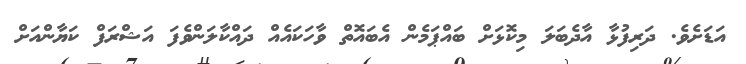
އަޑަށެވެ. ދަރިފުޅާ އާދެބަލަ މިކޮޅަށް ބައްޕަމެން އެބައޮތް ވާހަކައެއް ދައްކާލަންވެފަ އަޝްރަފް ކަޔާންއަށް